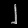
Digit: ၂